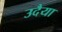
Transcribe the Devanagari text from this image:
उदैया